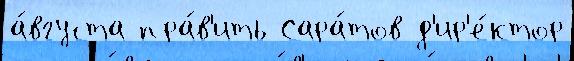
а́вгуста пра́в'ить Сара́тов д'ир'е́ктор